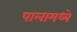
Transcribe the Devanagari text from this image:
पालामध्ये